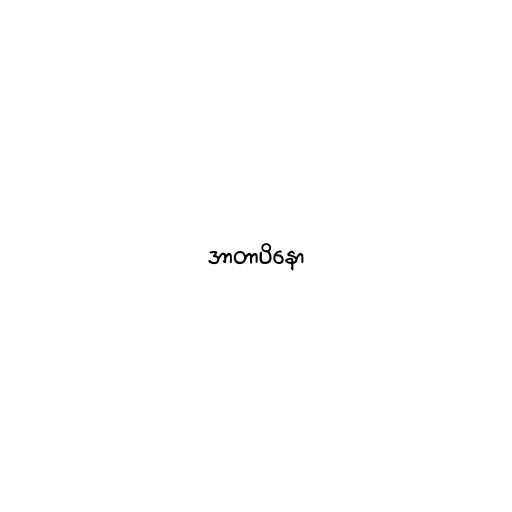
အာတာပိနော